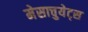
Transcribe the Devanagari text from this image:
मेसाचुयेट्स